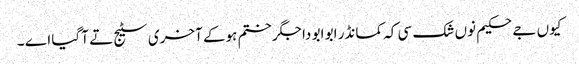
کیوں جے حکیم نوں شک سی کہ کمانڈر ابو ابو دا جگر ختم ہوکے آخری سٹیج تے آ گیا اے ۔